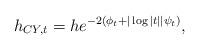
LaTeX: \begin{align*}h_{CY,t}=he^{-2(\phi_t+ |\log |t||\psi_t ) },\end{align*}